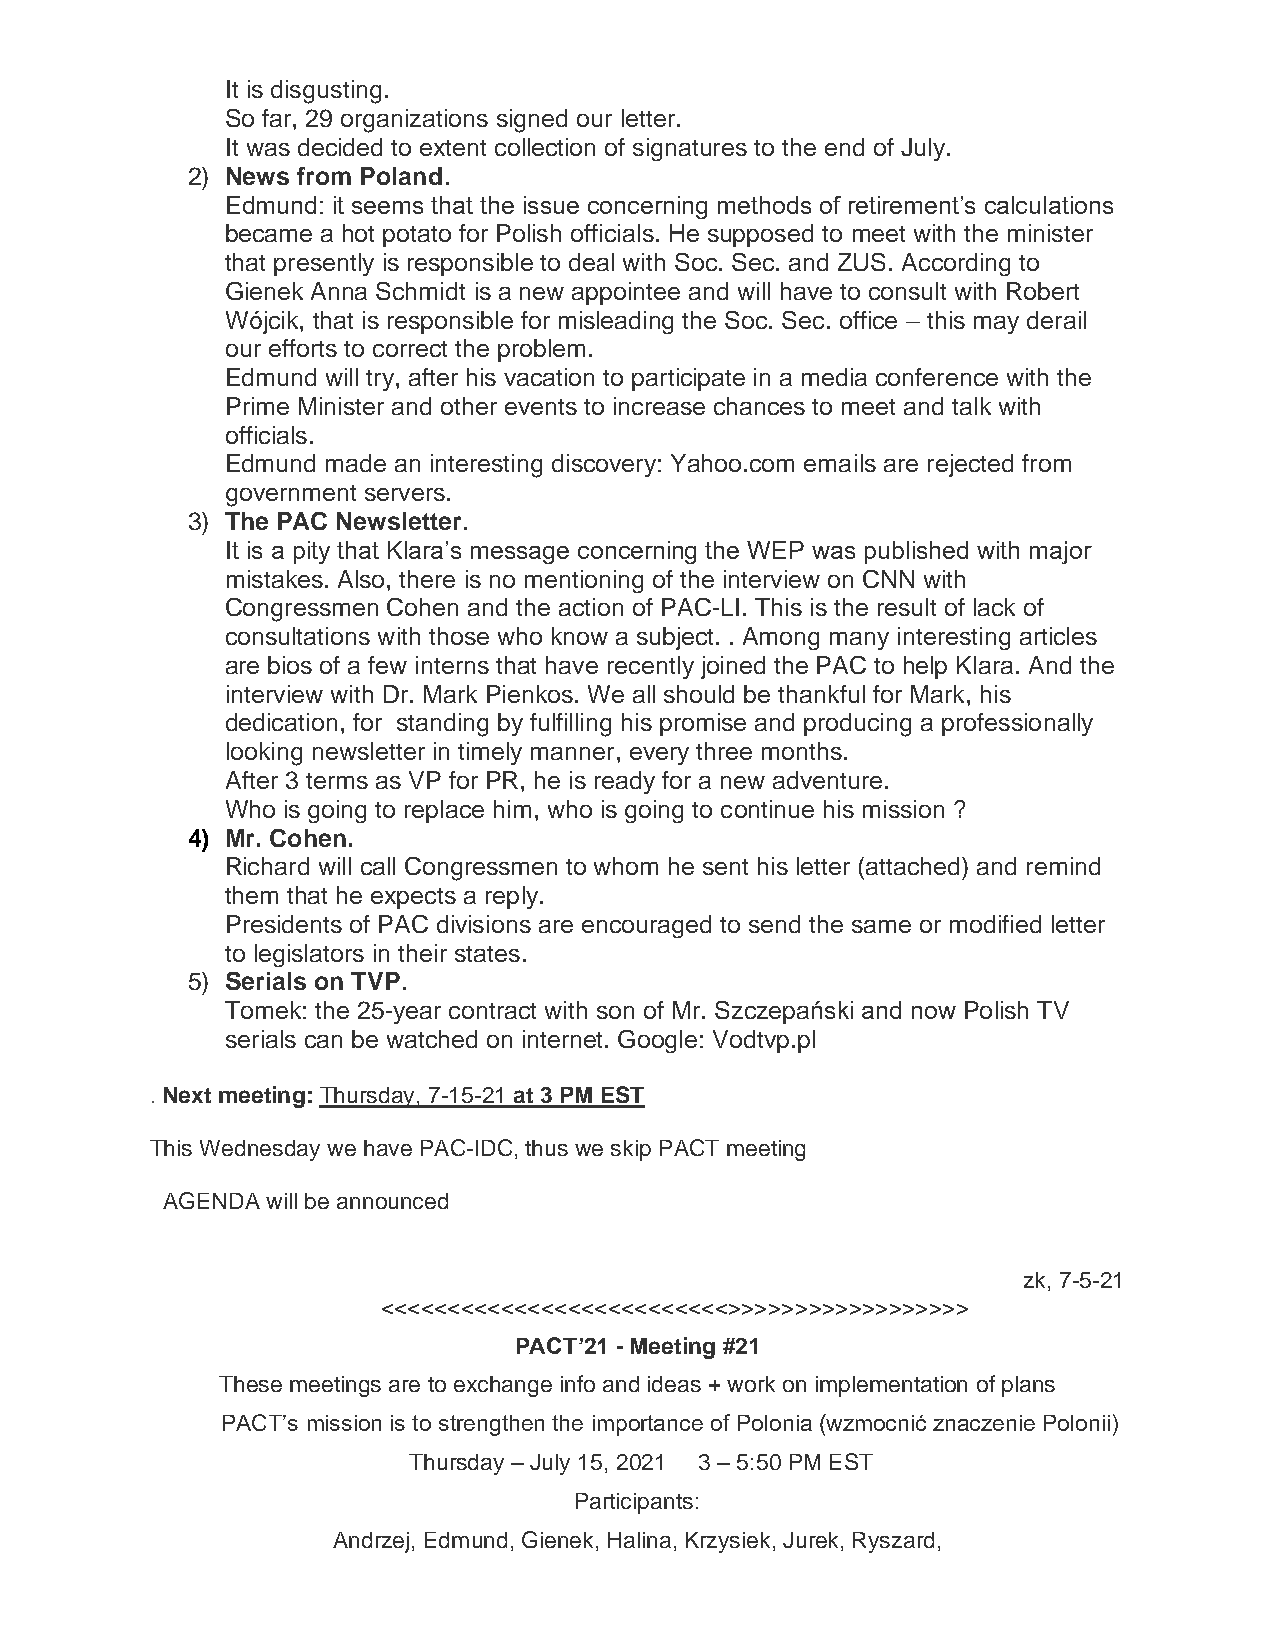
It is disgusting.
 So far, 29 organizations signed our letter.
 It was decided to extent collection of signatures to the end of July.
 2) News from Poland.
 Edmund: it seems that the issue concerning methods of retirement’s calculations
 became a hot potato for Polish officials. He supposed to meet with the minister
 that presently is responsible to deal with Soc. Sec. and ZUS. According to
 Gienek Anna Schmidt is a new appointee and will have to consult with Robert
 Wójcik, that is responsible for misleading the Soc. Sec. office – this may derail
 our efforts to correct the problem.
 Edmund will try, after his vacation to participate in a media conference with the
 Prime Minister and other events to increase chances to meet and talk with
 officials.
 Edmund made an interesting discovery: Yahoo.com emails are rejected from
 government servers.
 3) The PAC Newsletter.
 It is a pity that Klara’s message concerning the WEP was published with major
 mistakes. Also, there is no mentioning of the interview on CNN with
 Congressmen Cohen and the action of PAC-LI. This is the result of lack of
 consultations with those who know a subject. . Among many interesting articles
 are bios of a few interns that have recently joined the PAC to help Klara. And the
 interview with Dr. Mark Pienkos. We all should be thankful for Mark, his
 dedication, for standing by fulfilling his promise and producing a professionally
 looking newsletter in timely manner, every three months.
 After 3 terms as VP for PR, he is ready for a new adventure.
 Who is going to replace him, who is going to continue his mission ?
 4) Mr. Cohen.
 Richard will call Congressmen to whom he sent his letter (attached) and remind
 them that he expects a reply.
 Presidents of PAC divisions are encouraged to send the same or modified letter
 to legislators in their states.
 5) Serials on TVP.
 Tomek: the 25-year contract with son of Mr. Szczepański and now Polish TV
 serials can be watched on internet. Google: Vodtvp.pl
 . Next meeting: Thursday, 7-15-21 at 3 PM EST
 This Wednesday we have PAC-IDC, thus we skip PACT meeting
 AGENDA will be announced
 zk, 7-5-21
 <<<<<<<<<<<<<<<<<<<<<<<<<<>>>>>>>>>>>>>>>>>>
 PACT’21 - Meeting #21
 These meetings are to exchange info and ideas + work on implementation of plans
 PACT’s mission is to strengthen the importance of Polonia (wzmocnić znaczenie Polonii)
 Thursday – July 15, 2021 3 – 5:50 PM EST
 Participants:
 Andrzej, Edmund, Gienek, Halina, Krzysiek, Jurek, Ryszard,